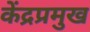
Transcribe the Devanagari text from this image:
केंद्रप्रमुख